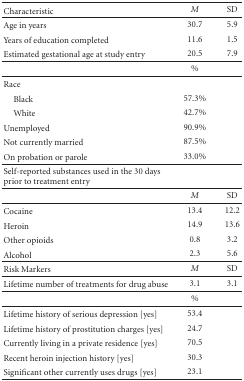
| Characteristic | M | SD |
 | --- | --- | --- |
 | Age in years | 30.7 | 5.9 |
 | Years of education completed | 11.6 | 1.5 |
 | Estimated gestational age at study entry | 20.5 | 7.9 |
 |  | % |  |
 | Race |  |  |
 | Black | 57.3% |  |
 | White | 42.7% |  |
 | Unemployed | 90.9% |  |
 | Not currently married | 87.5% |  |
 | On probation or parole | 33.0% |  |
 | Self-reported substances used in the 30 days prior to treatment entry |  |  |
 |  | M | SD |
 | Cocaine | 13.4 | 12.2 |
 | Heroin | 14.9 | 13.6 |
 | Other opioids | 0.8 | 3.2 |
 | Alcohol | 2.3 | 5.6 |
 | Risk Markers | M | SD |
 | Lifetime number of treatments for drug abuse | 3.1 | 3.1 |
 |  | % |  |
 | Lifetime history of serious depression [yes] | 53.4 |  |
 | Lifetime history of prostitution charges [yes] | 24.7 |  |
 | Currently living in a private residence [yes] | 70.5 |  |
 | Recent heroin injection history [yes] | 30.3 |  |
 | Significant other currently uses drugs [yes] | 23.1 |  |